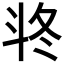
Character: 𣁲